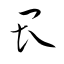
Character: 畏